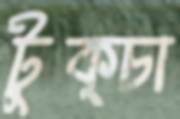
টুক্চা